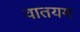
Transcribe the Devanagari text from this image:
वातयम